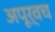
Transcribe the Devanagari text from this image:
अपूर्वच